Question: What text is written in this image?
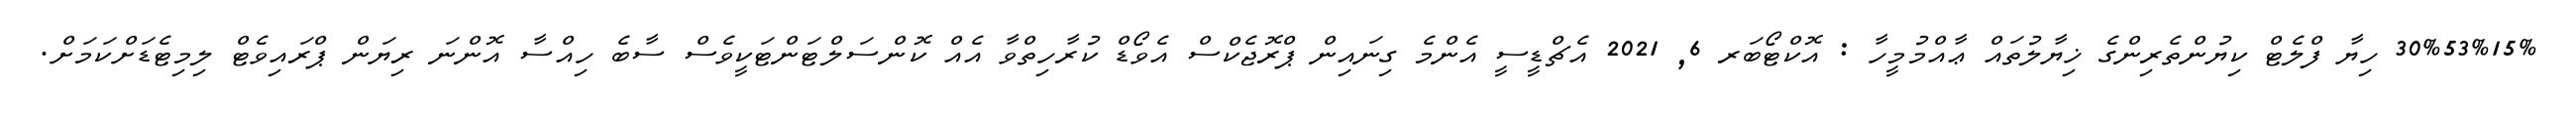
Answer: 30%53%15% ހިޔާ ފްލެޓް ކިޔުންތެރިންގެ ޚިޔާލުތައް ޢާއްމުމީހާ : އޮކްޓޯބަރ 6, 2021 އެޗްޑީސީ އެންމެ ގިނައިން ޕްރޮޖެކްސް އެވޯޑް ކުރާހިތްވާ އެއް ކޮންސަލްޓަންޓަކީވެސް ސާބެ ހިއްސާ އޮންނަ ރިޔަން ޕްރައިވެޓް ލިމިޓެޑަށްކަމަށް.